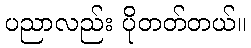
ပညာလည်း ပိုတတ်တယ်။